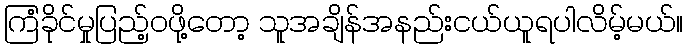
ကြံခိုင်မှုပြည့်ဝဖို့တော့ သူအချိန်အနည်းငယ်ယူရပါလိမ့်မယ်။